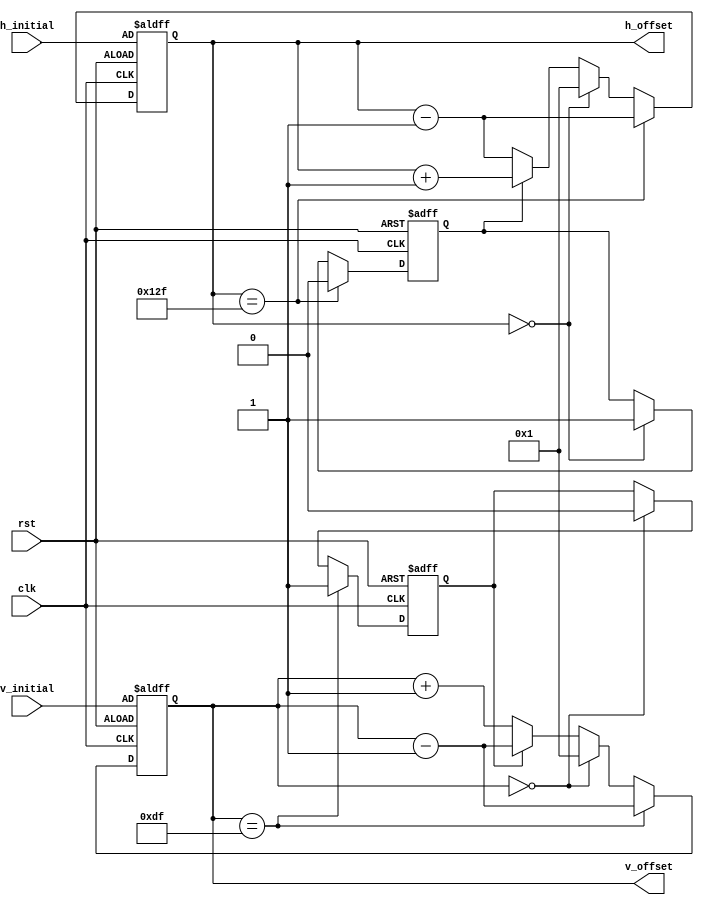
`timescale 1ns / 1ps
//////////////////////////////////////////////////////////////////////////////////
// Company: 
// Engineer: 
// 
// Design Name: 
// Module Name: shift_pattern
// Project Name: 
// Target Devices: 
// Tool Versions: 
// Description: 
// 
// Dependencies: 
// 
// Revision:
// Revision 0.01 - File Created
// Additional Comments:
// 
//////////////////////////////////////////////////////////////////////////////////


module screensaver(
	input clk,
	input rst,
	input [9:0] h_initial,
	input [9:0] v_initial,
	output reg [9:0] h_offset,
	output reg [9:0] v_offset
	);

reg h_direction;	//0->left, 1->right
reg v_direction;	//0->down, 1->up
wire [9:0] length;

assign length = 16;

always @(posedge clk or posedge rst) begin
	if (rst) begin
		h_offset <= h_initial;
		h_direction <= 1;
	end
	else if (h_offset == 319-16)  begin
		h_direction <= 0;
		h_offset <= h_offset - 1;
	end
	else if (h_offset == 0) begin
		h_direction <= 1;
		h_offset <= 1;
	end
	else if (h_direction == 1) begin
		h_offset <= h_offset + 1;
	end
	else if (h_direction == 0)begin
		h_offset <= h_offset - 1;
	end
	else begin
		h_offset <= h_initial;
	end
end

always @(posedge clk or posedge rst) begin
	if (rst) begin
		v_offset <= v_initial;
		v_direction <= 1;	//up
	end
	else if (v_offset == 239-16)  begin
		v_direction <= 1;	//up
		v_offset <= v_offset - 1;
	end
	else if (v_offset == 0) begin
		v_direction <= 0;	//down
		v_offset <= 1;
	end
	else if (v_direction == 1) begin
		v_offset <= v_offset - 1;
	end
	else if (v_direction == 0)begin
		v_offset <= v_offset + 1;
	end
	else begin
		v_offset <= v_initial;
	end
end
endmodule